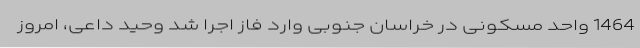
1464 واحد مسکونی در خراسان جنوبی وارد فاز اجرا شد وحید داعی، امروز